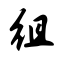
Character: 徂